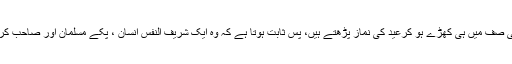
چونکہ وہ ہمیشہ پہلی صف میں ہی کھڑے ہو کرعید کی نماز پڑھتے ہیں، پس ثابت ہوتا ہے کہ وہ ایک شریف النفس انسان ، پکے مسلمان اور صاحب کردار سیاست دان ہیں۔